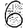
Digit: 6